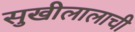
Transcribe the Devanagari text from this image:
सुखीलालाची